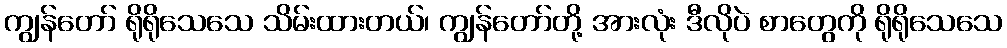
ကျွန်တော် ရိုရိုသေသေ သိမ်းထားတယ်၊ ကျွန်တော်တို့ အားလုံး ဒီလိုပဲ စာတွေကို ရိုရိုသေသေ